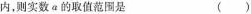
内，则实数a的取值范围是 ()